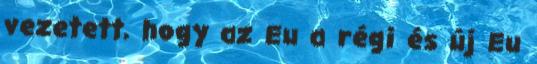
vezetett, hogy az Eu a régi és új Eu